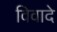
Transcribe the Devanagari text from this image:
विवादे